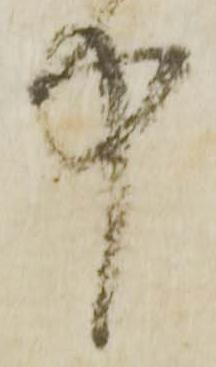
中